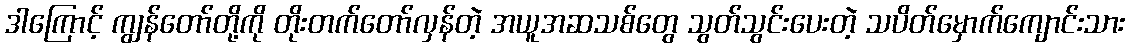
ဒါကြောင့် ကျွန်တော်တို့ကို တိုးတက်တော်လှန်တဲ့ အယူအဆသစ်တွေ သွတ်သွင်းပေးတဲ့ သပိတ်မှောက်ကျောင်းသား